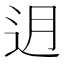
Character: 迌